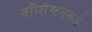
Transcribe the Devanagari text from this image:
वॉशिंग्टनकडे